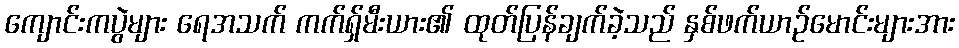
ကျောင်းကပွဲများ ရေအသက် ကက်ရှ်မီးယား၏ ထုတ်ပြန်ချက်ခဲ့သည် နှစ်ဖက်ယာဉ်မောင်းများအား